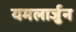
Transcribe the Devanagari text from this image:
यमलार्जुन